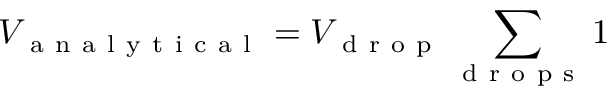
V _ { \mathrm { ~ a ~ n ~ a ~ l ~ y ~ t ~ i ~ c ~ a ~ l ~ } } = V _ { \mathrm { ~ d ~ r ~ o ~ p ~ } } \sum _ { \mathrm { ~ d ~ r ~ o ~ p ~ s ~ } } 1